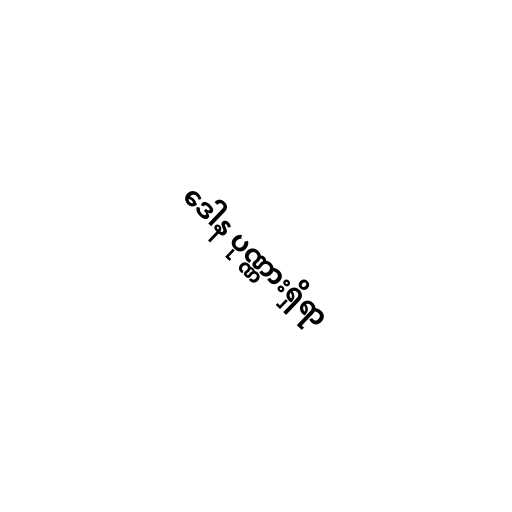
ဒေါန ပုဏ္ဏားရှိရာ